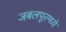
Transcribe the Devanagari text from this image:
जबलपूरम्ध्ये